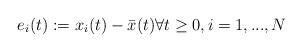
LaTeX: \begin{align*}e_i(t) : = x_i(t)-\bar{x}(t) \forall t \ge 0, i=1,...,N\end{align*}